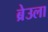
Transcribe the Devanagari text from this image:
ब्रेउला